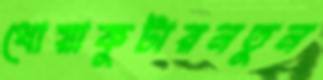
ধোয়াকুটারনতুন